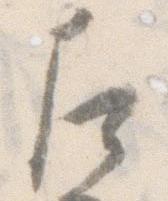
左